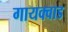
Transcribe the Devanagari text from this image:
गायक्वाड